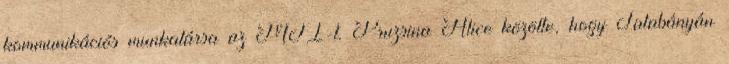
kommunikációs munkatársa az MTI-t. Pruzsina Alice közölte, hogy Tatabányán